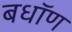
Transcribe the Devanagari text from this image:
बधॉण